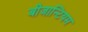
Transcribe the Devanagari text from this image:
बीजान्टियम